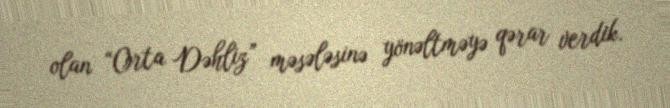
olan “Orta Dəhliz” məsələsinə yönəltməyə qərar verdik.